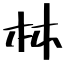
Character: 林